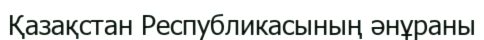
Қазақстан Республикасының әнұраны